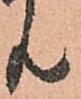
共